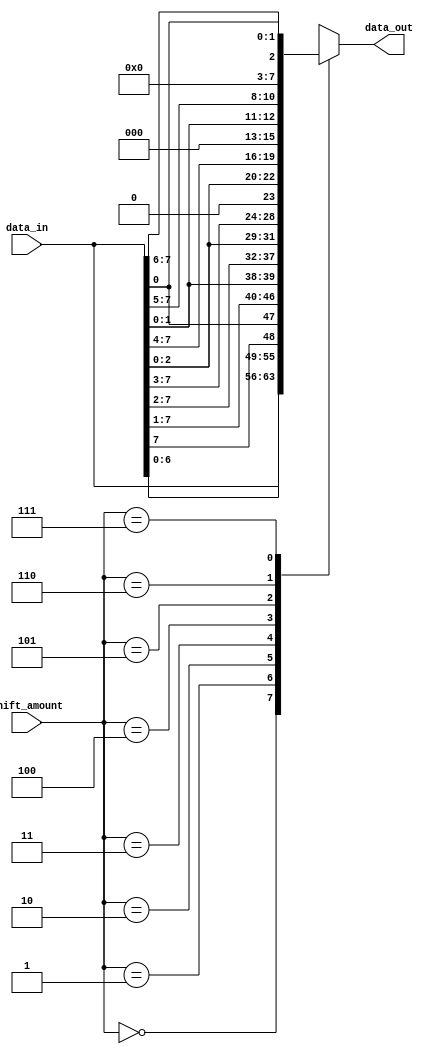
module barrel_shifter(
    input [7:0] data_in, // 8-bit input data
    input [2:0] shift_amount, // 3-bit shift amount
    output reg [7:0] data_out // 8-bit shifted output data
);

reg [7:0] temp_data;

always @(*) begin
    case(shift_amount)
        3'b000: data_out = data_in;
        3'b001: data_out = {data_in[6:0], data_in[7]};
        3'b010: data_out = {data_in[5:0], data_in[7:1]};
        3'b011: data_out = {data_in[4:0], data_in[7:2]};
        3'b100: data_out = {data_in[3:0], data_in[7:3]};
        3'b101: data_out = {data_in[2:0], data_in[7:4]};
        3'b110: data_out = {data_in[1:0], data_in[7:5]};
        3'b111: data_out = {data_in[0], data_in[7:6]};
        default: data_out = data_in;
    endcase
end

endmodule